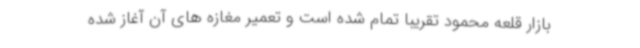
بازار قلعه محمود تقریبا تمام شده است و تعمیر مغازه های آن آغاز شده